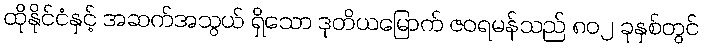
ထိုနိုင်ငံနှင့် အဆက်အသွယ် ရှိသော ဒုတိယမြောက် ဇဝရမန်သည် ၈၀၂ ခုနှစ်တွင်